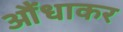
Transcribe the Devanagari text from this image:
औंधाकर